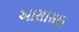
આસાસણ